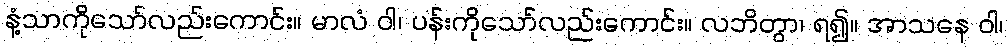
နံ့သာကိုသော်လည်းကောင်း။ မာလံ ဝါ၊ ပန်းကိုသော်လည်းကောင်း။ လဘိတွာ၊ ရ၍။ အာသနေ ဝါ၊